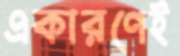
একারণেই